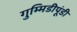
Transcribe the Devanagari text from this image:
गुम्मिडीपूंडी